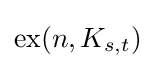
{\text{ex}}(n,K_{s,t})